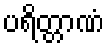
ပရိတ္တာဏံ